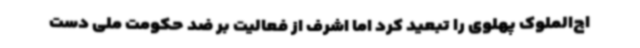
اج‌الملوک پهلوی را تبعید کرد اما اشرف از فعالیت بر ضد حکومت ملی دست